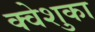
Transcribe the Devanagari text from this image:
क्वेशुका